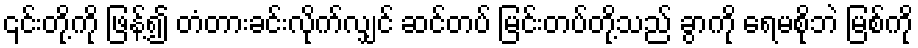
၎င်းတို့ကို ဖြန့်၍ တံတားခင်းလိုက်လျှင် ဆင်တပ် မြင်းတပ်တို့သည် ခွာကို ရေမစိုဘဲ မြစ်ကို